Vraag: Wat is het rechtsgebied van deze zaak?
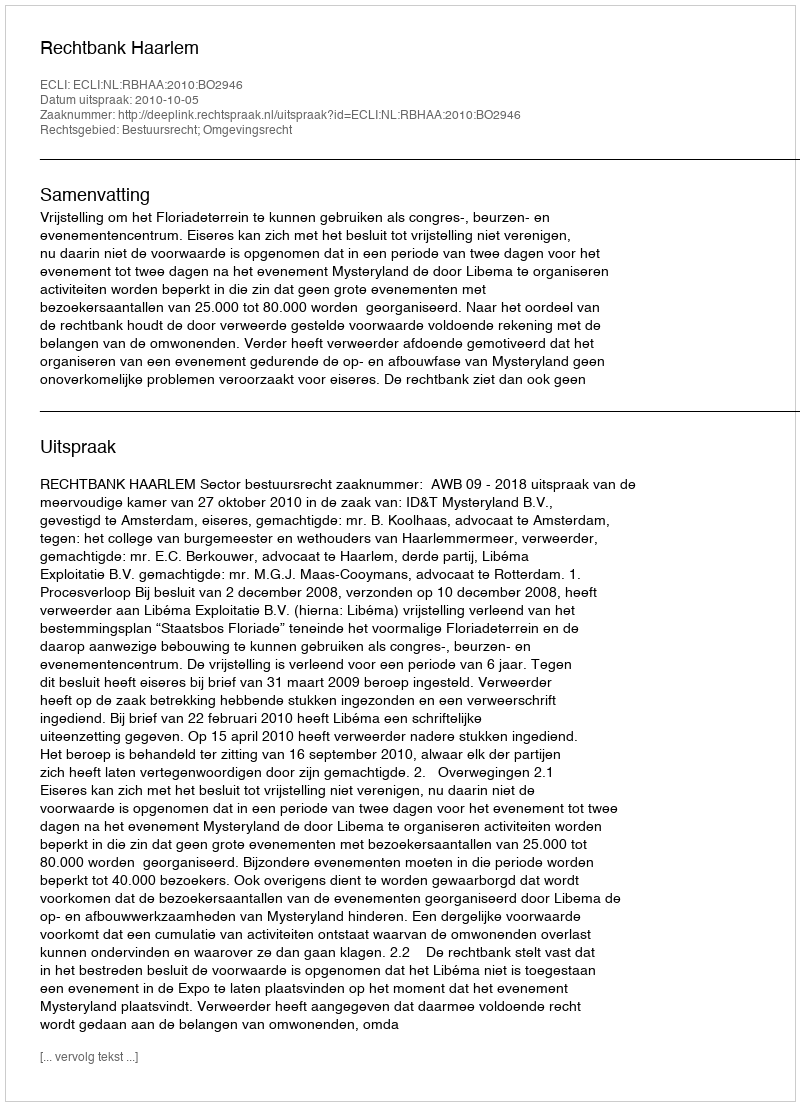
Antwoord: Bestuursrecht; Omgevingsrecht